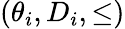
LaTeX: (\theta_{i},D_{i},\leq)